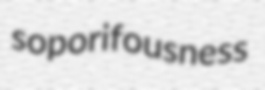
soporifousness